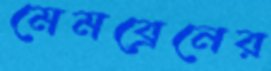
মেমব্রেনের